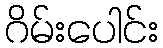
ဂိမ်းပေါင်း